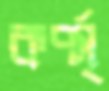
কর্প্স্